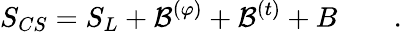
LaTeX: S_{CS}=S_{L}+{\cal B}^{(\varphi)}+{\cal B}^{(t)}+B\qquad.